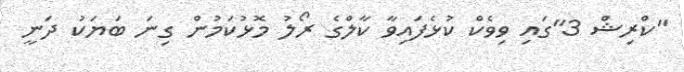
"ކްރިޝް 3"ގައި ވިވެކް ކުޅެފައިވާ ކާލްގެ ރޯލު މޮޅުކަމުން ގިނަ ބަޔަކު ދަނީ